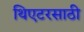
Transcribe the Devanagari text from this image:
थिएटरसाठी